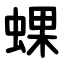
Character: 蜾